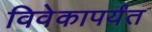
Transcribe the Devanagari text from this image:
विवेकापर्यंत